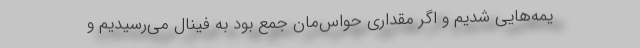
یمه‌‌هایی شدیم و اگر مقداری حواس‌‌مان جمع بود به فینال می‌رسیدیم و